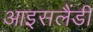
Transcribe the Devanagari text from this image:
आइसलैंडी